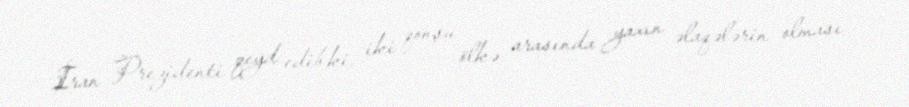
İran Prezidenti qeyd edib ki, iki qonşu ölkə arasında yaxın əlaqələrin olması